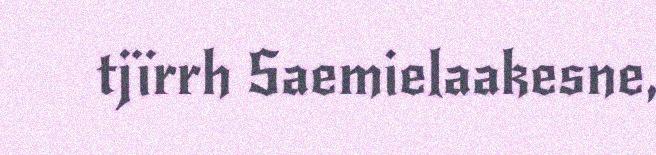
tjïrrh Saemielaakesne,